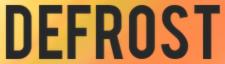
DEFROST